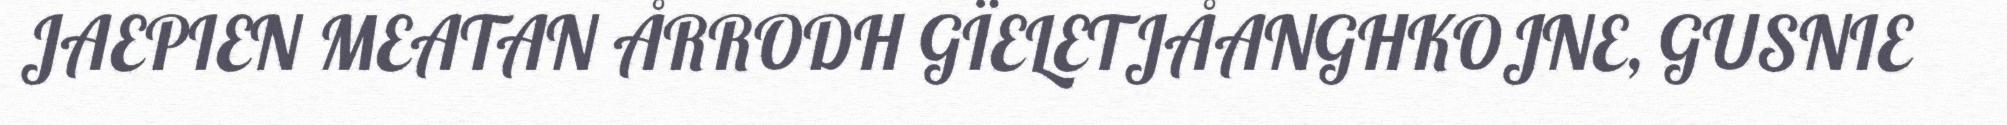
JAEPIEN MEATAN ÅRRODH GÏELETJÅANGHKOJNE, GUSNIE